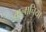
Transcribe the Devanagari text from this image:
वालाचिया